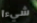
شيءا